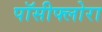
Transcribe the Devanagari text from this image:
पॉसीफ्लोरा